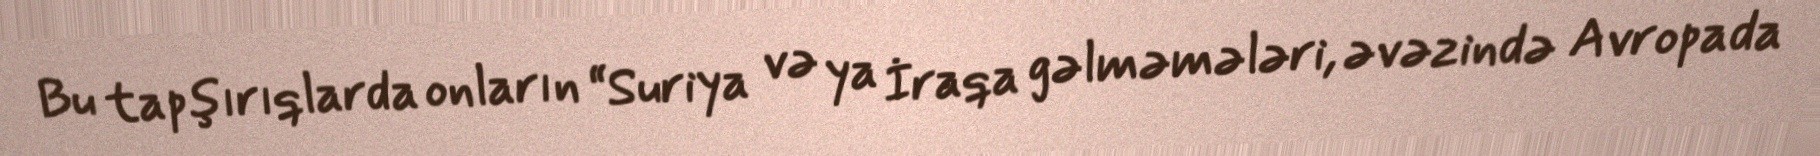
Bu tapşırıqlarda onların “Suriya və ya İraqa gəlməmələri, əvəzində Avropada